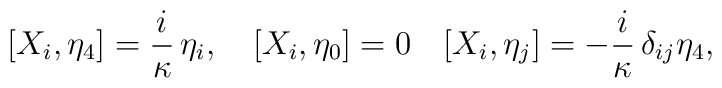
[X_i, \eta_4] = \frac{i}\kappa\, \eta_i,\quad  [X_i, \eta_0] =0  \quad [X_i, \eta_j] = -\frac{i}\kappa\,\delta_{ij}  \eta_4,